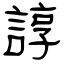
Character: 諄